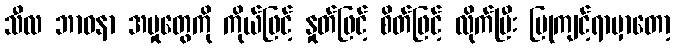
သီလ ဘာဝနာ အမှုတွေကို ကိုယ်ဖြင့် နှုတ်ဖြင့် စိတ်ဖြင့် လိုက်ပြီး ပြုကျင့်ရာမှာတော့